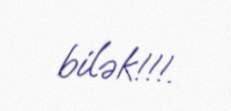
bilək!!!.